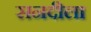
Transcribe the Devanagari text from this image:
सनदीला